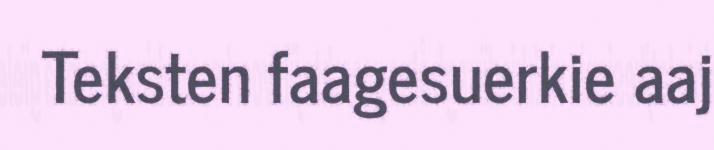
Teksten faagesuerkie aaj